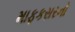
માફકસરનો